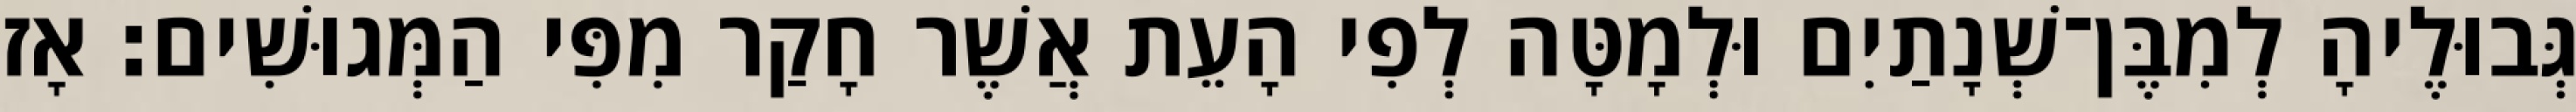
גְּבוּלֶיהָ לְמִבֶּן־שְׁנָתַיִם וּלְמָטָּה לְפִי הָעֵת אֲשֶׁר חָקַר מִפִּי הַמְּגוּשִׁים׃ אָז